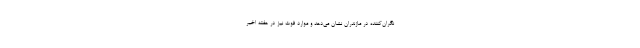
نگران‌کننده در مازندران نشان می‌دهد و موارد فوت نیز در هفته اخیر